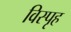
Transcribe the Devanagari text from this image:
विस्पृह